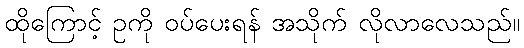
ထိုကြောင့် ဥကို ဝပ်ပေးရန် အသိုက် လိုလာလေသည်။